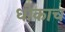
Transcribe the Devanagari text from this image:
धोकाच